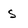
Character: s